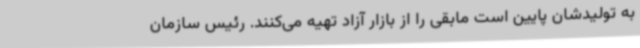
به تولیدشان پایین است مابقی را از بازار آزاد تهیه می‌کنند. رئیس سازمان